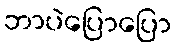
ဘာပဲပြောပြော